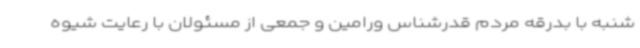
شنبه با بدرقه مردم قدرشناس ورامین و جمعی از مسئولان با رعایت شیوه